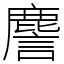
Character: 䴦